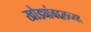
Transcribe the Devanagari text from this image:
खोड्यांबद्दलच्या